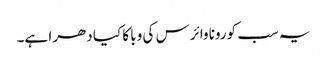
یہ سب کورونا وائرس کی وبا کا کیا دھرا ہے۔